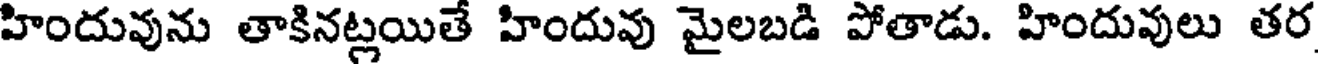
హిందువును తాకినట్లయితే హిందువు మైలబడి పోతాడు. హిందువులు తర